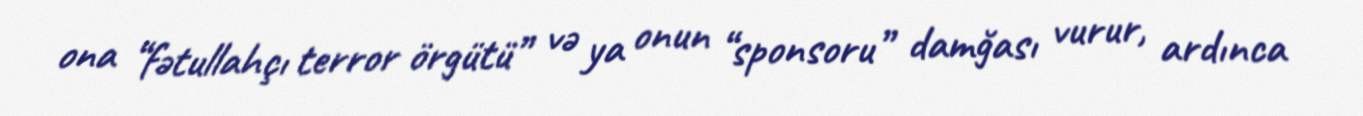
ona “fətullahçı terror örgütü” və ya onun “sponsoru” damğası vurur, ardınca